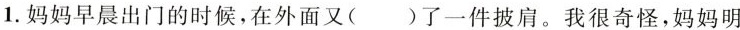
1.妈妈早晨出门的时候，在外面又( )了一件披肩。我很奇怪，妈妈明